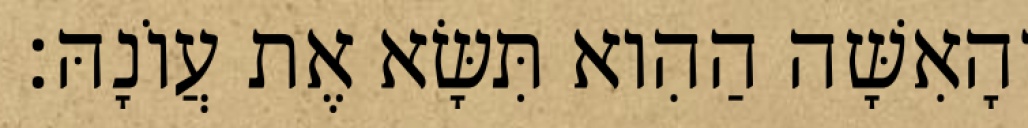
וְהָאִשָּׁה הַהִוא תִּשָּׂא אֶת עֲוֹנָהּ׃